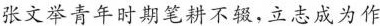
张文举青年时期笔耕不辍，立志成为作